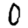
Digit: 0